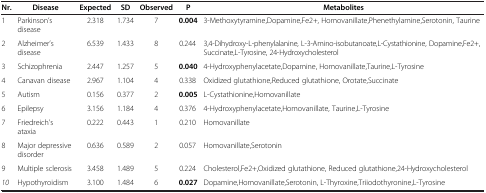
<table><thead><tr><td><b>Nr.</b></td><td><b>Disease</b></td><td><b>Expected</b></td><td><b>SD</b></td><td><b>Observed</b></td><td><b>P</b></td><td><b>Metabolites</b></td></tr></thead><tbody><tr><td>1</td><td>Parkinson’s disease</td><td>2.318</td><td>1.734</td><td>7</td><td><b>0.004</b></td><td>3-Methoxytyramine,Dopamine,Fe2+, Homovanillate,Phenethylamine,Serotonin, Taurine</td></tr><tr><td>2</td><td>Alzheimer’s disease</td><td>6.539</td><td>1.433</td><td>8</td><td>0.244</td><td>3,4-Dihydroxy-L-phenylalanine, L-3-Amino-isobutanoate,L-Cystathionine, Dopamine,Fe2+,Succinate,L-Tyrosine, 24-Hydroxycholesterol</td></tr><tr><td>3</td><td>Schizophrenia</td><td>2.447</td><td>1.257</td><td>5</td><td><b>0.040</b></td><td>4-Hydroxyphenylacetate,Dopamine, Homovanillate,Taurine,L-Tyrosine</td></tr><tr><td>4</td><td>Canavan disease</td><td>2.967</td><td>1.104</td><td>4</td><td>0.338</td><td>Oxidized glutathione,Reduced glutathione, Orotate,Succinate</td></tr><tr><td>5</td><td>Autism</td><td>0.156</td><td>0.377</td><td>2</td><td><b>0.005</b></td><td>L-Cystathionine,Homovanillate</td></tr><tr><td>6</td><td>Epilepsy</td><td>3.156</td><td>1.184</td><td>4</td><td>0.376</td><td>4-Hydroxyphenylacetate,Homovanillate, Taurine,L-Tyrosine</td></tr><tr><td>7</td><td>Friedreich’s ataxia</td><td>0.222</td><td>0.443</td><td>1</td><td>0.210</td><td>Homovanillate</td></tr><tr><td>8</td><td>Major depressive disorder</td><td>0.636</td><td>0.589</td><td>2</td><td>0.057</td><td>Homovanillate,Serotonin</td></tr><tr><td>9</td><td>Multiple sclerosis</td><td>3.458</td><td>1.489</td><td>5</td><td>0.224</td><td>Cholesterol,Fe2+,Oxidized glutathione, Reduced glutathione,24-Hydroxycholesterol</td></tr><tr><td><i>10</i></td><td>Hypothyroidism</td><td>3.100</td><td>1.484</td><td>6</td><td><b>0.027</b></td><td>Dopamine,Homovanillate,Serotonin, L-Thyroxine,Triiodothyronine,L-Tyrosine</td></tr></tbody></table>